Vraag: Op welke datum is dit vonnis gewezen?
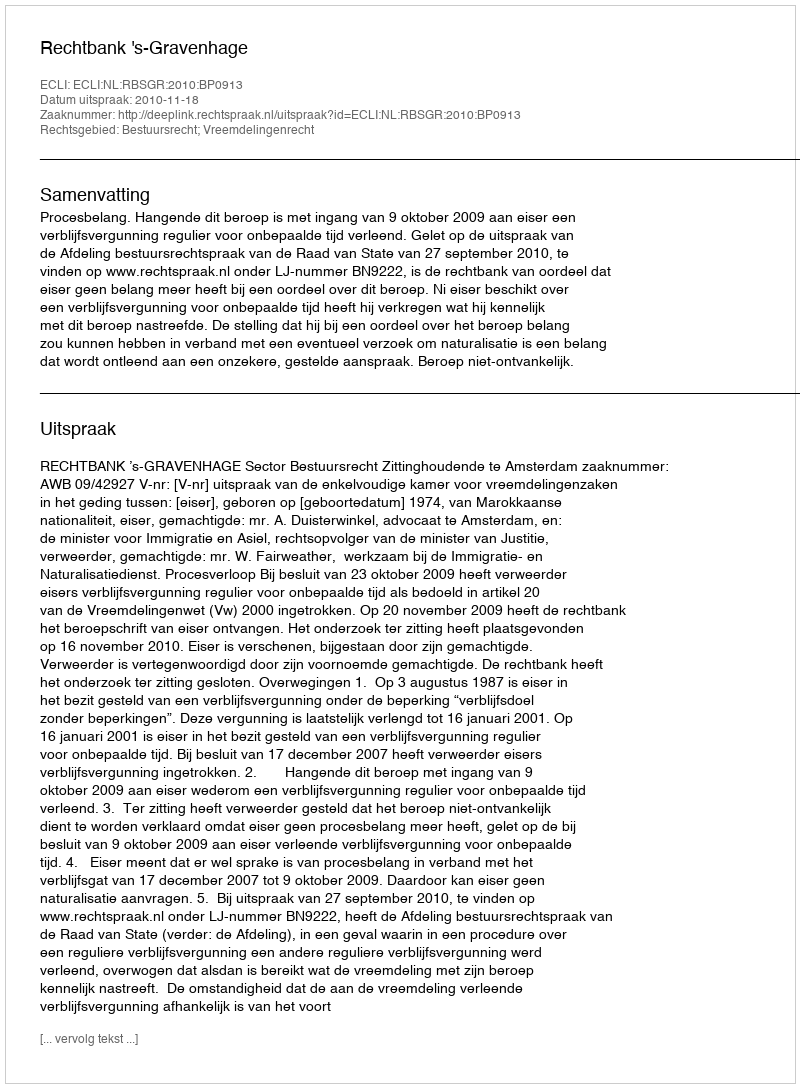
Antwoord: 2010-11-18